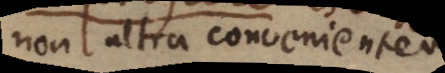
nonl altra convenientem